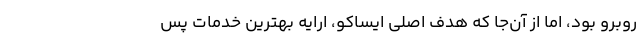
روبرو بود، اما از آن‌جا که هدف اصلی ایساکو، ارایه بهترین خدمات پس